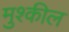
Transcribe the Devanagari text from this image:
मुश्कील